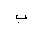
Letter: _ba